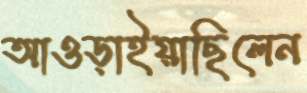
আওড়াইয়াছিলেন